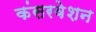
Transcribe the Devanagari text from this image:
कंसरवेशन